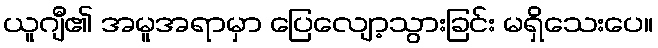
ယူဂျီ၏ အမူအရာမှာ ပြေလျော့သွားခြင်း မရှိသေးပေ။